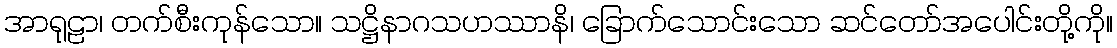
အာရုဠာ၊ တက်စီးကုန်သော။ သဋ္ဌိနာဂသဟဿာနိ၊ ခြောက်သောင်းသော ဆင်တော်အပေါင်းတို့ကို။